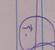
Signature authenticity: genuine